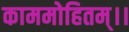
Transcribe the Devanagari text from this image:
काममोहितम्।।